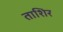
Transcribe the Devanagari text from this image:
ताशिर